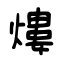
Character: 熡